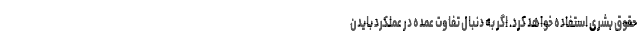
حقوق بشری استفاده خواهد کرد. اگر به دنبال تفاوت عمده در عملکرد بایدن